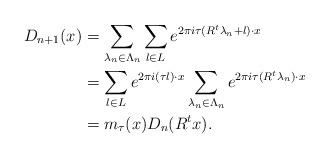
\begin{align*}D_{n+1}(x) &= \sum_{\lambda_{n}\in \Lambda_{n}}\sum_{l\in L}e^{2\pi i\tau(R^t\lambda_{n}+l)\cdot x} \\ &= \sum_{l\in L}e^{2\pi i (\tau l) \cdot x}\sum_{\lambda_{n}\in \Lambda_{n}}e^{2\pi i\tau (R^t\lambda_{n})\cdot x}\\ &=m_\tau(x)D_n(R^t x).\end{align*}